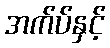
အက်ပ်နှင့်